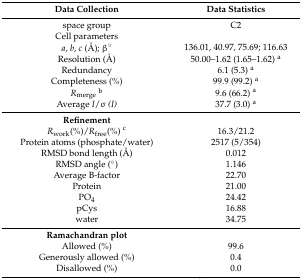
| Data Collection | Data Statistics |
 | --- | --- |
 | space group | C2 |
 | Cell parameters |  |
 | a, b, c (Å); β° | 136.01, 40.97, 75.69; 116.63 |
 | Resolution (Å) | 50.00–1.62 (1.65–1.62) a |
 | Redundancy | 6.1 (5.3) a |
 | Completeness (%) | 99.9 (99.2) a |
 | Rmergeb | 9.6 (66.2) a |
 | Average I/σ (I) | 37.7 (3.0) a |
 | Refinement |  |
 | Rwork(%)/Rfree(%) c | 16.3/21.2 |
 | Protein atoms (phosphate/water) | 2517 (5/354) |
 | RMSD bond length (Å) | 0.012 |
 | RMSD angle (°) | 1.146 |
 | Average B-factor | 22.70 |
 | Protein | 21.00 |
 | PO4 | 24.42 |
 | pCys | 16.88 |
 | water | 34.75 |
 | Ramachandran plot |  |
 | Allowed (%) | 99.6 |
 | Generously allowed (%) | 0.4 |
 | Disallowed (%) | 0.0 |